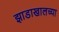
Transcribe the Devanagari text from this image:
झाडाखालच्या